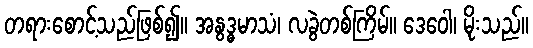
တရားစောင့်သည်ဖြစ်၍။ အနွဒ္ဓမာသံ၊ လခွဲတစ်ကြိမ်။ ဒေဝေါ၊ မိုးသည်။